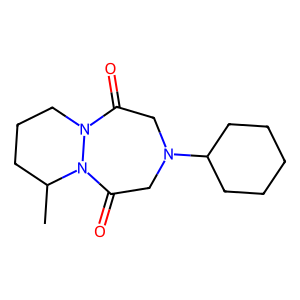
SMILES: CC1CCCN2C(=O)CN(C3CCCCC3)CC(=O)N12
Inhibits HIV replication: No